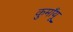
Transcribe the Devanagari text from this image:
कुमाँयू